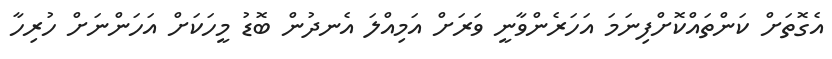
އެގޮތަށް ކަންތައްކޮށްފިނަމަ އަހަރެންވާނީ ވަރަށް އަމިއްލަ އެނދުން ބޮޑު މީހަކަށް އަހަންނަށް ހުރިހާ